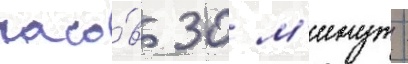
часо́в 30 м'инут -